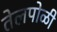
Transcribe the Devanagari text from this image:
तेलपोळी